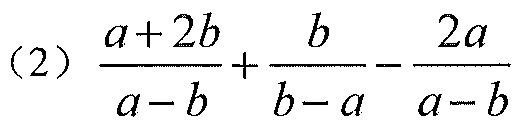
(2)\(\dfrac{a + 2b}{a - b}+\dfrac{b}{b - a}-\dfrac{2a}{a - b}\)